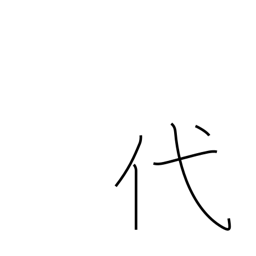
Meaning: replace